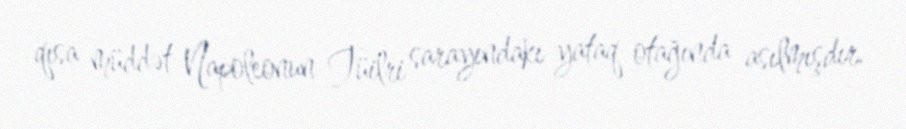
qısa müddət Napoleonun Tüilri sarayındakı yataq otağında asılmışdır.